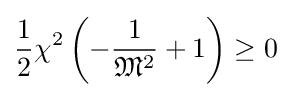
{\frac {1}{2}}\chi ^{2}\left(-{\frac {1}{{\mathfrak {M}}^{2}}}+1\right)\geq 0